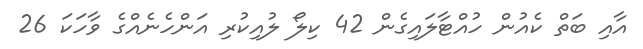
އާއި ބަތް ކެއުން ހުއްޓާލައިގެން 42 ކިލޯ ލުއިކުރި އަންހެނެއްގެ ވާހަކަ 26